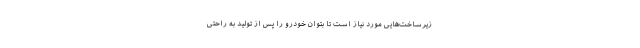
زیرساخت‌هایی مورد نیاز است تا بتوان خودرو را پس از تولید به راحتی